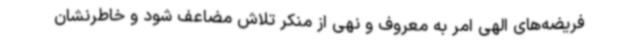
فریضه‌های الهی امر به معروف و نهی از منکر تلاش مضاعف شود و خاطرنشان